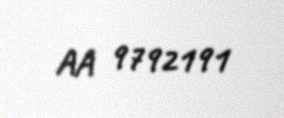
AA 9792191